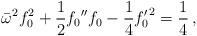
LaTeX: \begin{align*}\bar\omega^{2}f_0^2 + \frac{1}{2}f_0{''}f_0 - \frac{1}{4}{f_0'}^2 = \frac{1}{4}\,,\end{align*}